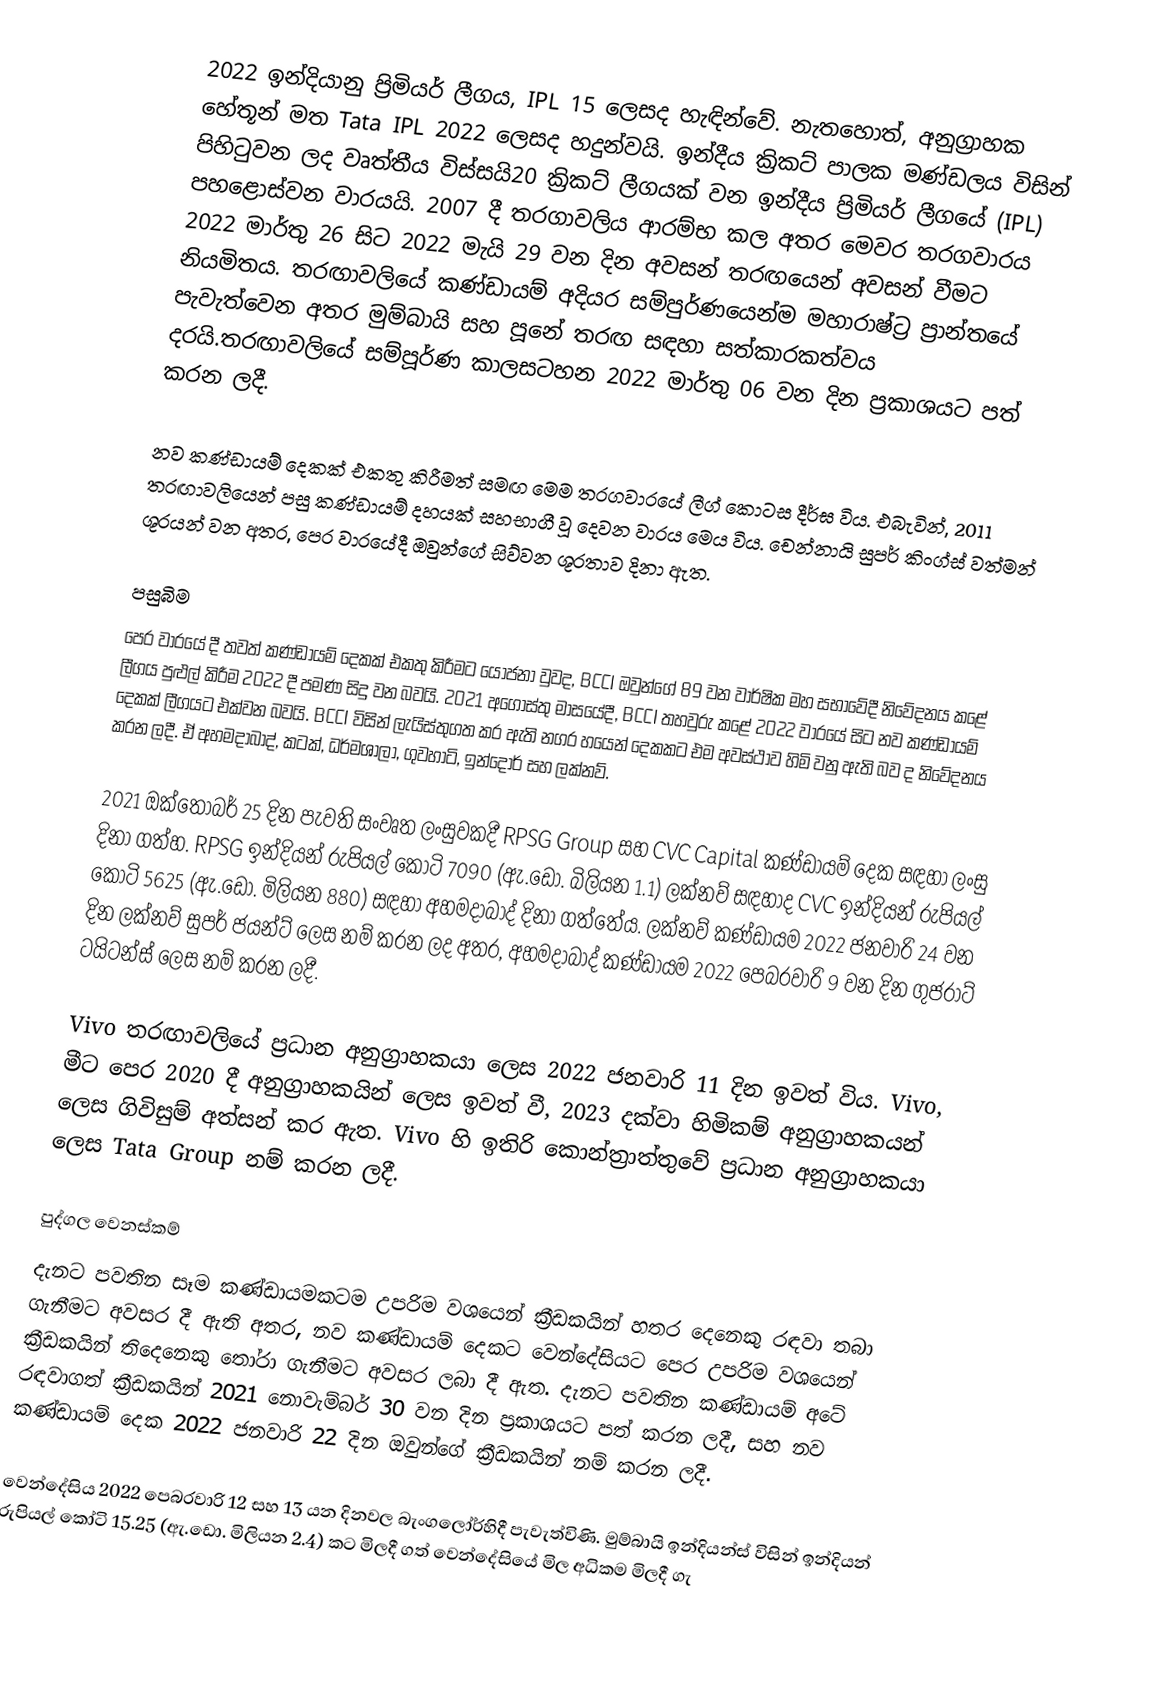
2022 ඉන්දියානු ප්‍රිමියර් ලීගය, IPL 15 ලෙසද හැඳින්වේ. නැතහොත්, අනුග්‍රාහක හේතූන් මත Tata IPL 2022  ලෙසද හදුන්වයි. ඉන්දීය ක්‍රිකට් පාලක මණ්ඩලය විසින් පිහිටුවන ලද වෘත්තීය විස්සයි20 ක්‍රිකට් ලීගයක් වන ඉන්දීය ප්‍රිමියර් ලීගයේ (IPL) පහළොස්වන වාරයයි. 2007 දී තරගාවලිය ආරම්භ කල අතර මෙවර තරගවාරය 2022 මාර්තු 26 සිට 2022 මැයි 29 වන දින අවසන් තරඟයෙන් අවසන් වීමට නියමිතය. තරඟාවලියේ කණ්ඩායම් අදියර සම්පුර්ණයෙන්ම මහාරාෂ්ට්‍ර ප්‍රාන්තයේ පැවැත්වෙන අතර මුම්බායි සහ පූනේ තරඟ සඳහා සත්කාරකත්වය දරයි.තරඟාවලියේ සම්පූර්ණ කාලසටහන 2022 මාර්තු 06  වන දින ප්‍රකාශයට පත් කරන ලදී.

නව කණ්ඩායම් දෙකක් එකතු කිරීමත් සමඟ මෙම තරගවාරයේ ලීග් කොටස දීර්ඝ විය. එබැවින්, 2011 තරඟාවලියෙන් පසු කණ්ඩායම් දහයක් සහභාගී වූ දෙවන වාරය මෙය විය. චෙන්නායි සුපර් කිංග්ස් වත්මන් ශූරයන් වන අතර, පෙර වාරයේදී ඔවුන්ගේ සිව්වන ශූරතාව දිනා ඇත.

පසුබිම
පෙර වාරයේ දී තවත් කණ්ඩායම් දෙකක් එකතු කිරීමට  යෝජනා වුවද,  BCCI ඔවුන්ගේ 89 වන වාර්ෂික මහ සභාවේදී නිවේදනය කළේ ලීගය පුළුල් කිරීම 2022 දී පමණ සිදු වන බවයි. 2021 අගෝස්තු මාසයේදී, BCCI තහවුරු කළේ 2022 වාරයේ සිට නව කණ්ඩායම් දෙකක් ලීගයට එක්වන බවයි. BCCI විසින් ලැයිස්තුගත කර ඇති නගර හයෙන් දෙකකට එම අවස්ථාව හිමි වනු ඇති බව ද නිවේදනය කරන ලදී. ඒ අහමදාබාද්, කටක්, ධර්මශාලා, ගුවහාටි, ඉන්දෝර් සහ ලක්නව්.

2021 ඔක්තෝබර් 25 දින පැවති සංවෘත ලංසුවකදී RPSG Group සහ CVC Capital කණ්ඩායම් දෙක සඳහා ලංසු දිනා ගත්හ.  RPSG ඉන්දියන් රුපියල් කෝටි 7090 (ඇ.ඩො. බිලියන 1.1) ලක්නව් සඳහාද CVC ඉන්දියන් රුපියල් කෝටි 5625 (ඇ.ඩො. මිලියන 880) සඳහා අහමදාබාද් දිනා ගත්තේය. ලක්නව් කණ්ඩායම 2022 ජනවාරි 24 වන දින ලක්නව් සුපර් ජයන්ට් ලෙස නම් කරන ලද අතර, අහමදාබාද් කණ්ඩායම 2022 පෙබරවාරි 9 වන දින ගුජරාට් ටයිටන්ස් ලෙස නම් කරන ලදී.

Vivo තරඟාවලියේ ප්‍රධාන අනුග්‍රාහකයා ලෙස 2022 ජනවාරි 11 දින ඉවත් විය. Vivo, මීට පෙර 2020 දී අනුග්‍රාහකයින් ලෙස ඉවත් වී, 2023 දක්වා හිමිකම් අනුග්‍රාහකයන් ලෙස ගිවිසුම් අත්සන් කර ඇත. Vivo හි ඉතිරි කොන්ත්‍රාත්තුවේ ප්‍රධාන අනුග්‍රාහකයා ලෙස Tata Group නම් කරන ලදී.

පුද්ගල වෙනස්කම්
දැනට පවතින සෑම කණ්ඩායමකටම උපරිම වශයෙන් ක්‍රීඩකයින් හතර දෙනෙකු රඳවා තබා ගැනීමට අවසර දී ඇති අතර, නව කණ්ඩායම් දෙකට වෙන්දේසියට පෙර උපරිම වශයෙන් ක්‍රීඩකයින් තිදෙනෙකු තෝරා ගැනීමට අවසර ලබා දී ඇත. දැනට පවතින කණ්ඩායම් අටේ රඳවාගත් ක්‍රීඩකයින් 2021 නොවැම්බර් 30 වන දින ප්‍රකාශයට පත් කරන ලදී, සහ නව කණ්ඩායම් දෙක 2022 ජනවාරි 22 දින ඔවුන්ගේ ක්‍රීඩකයින් නම් කරන ලදී.

වෙන්දේසිය 2022 පෙබරවාරි 12 සහ 13 යන දිනවල බැංගලෝර්හිදී පැවැත්විණි. මුම්බායි ඉන්දියන්ස් විසින් ඉන්දියන් රුපියල් කෝටි 15.25 (ඇ.ඩො. මිලියන 2.4) කට මිලදී ගත් වෙන්දේසියේ මිල අධිකම මිලදී ගැ